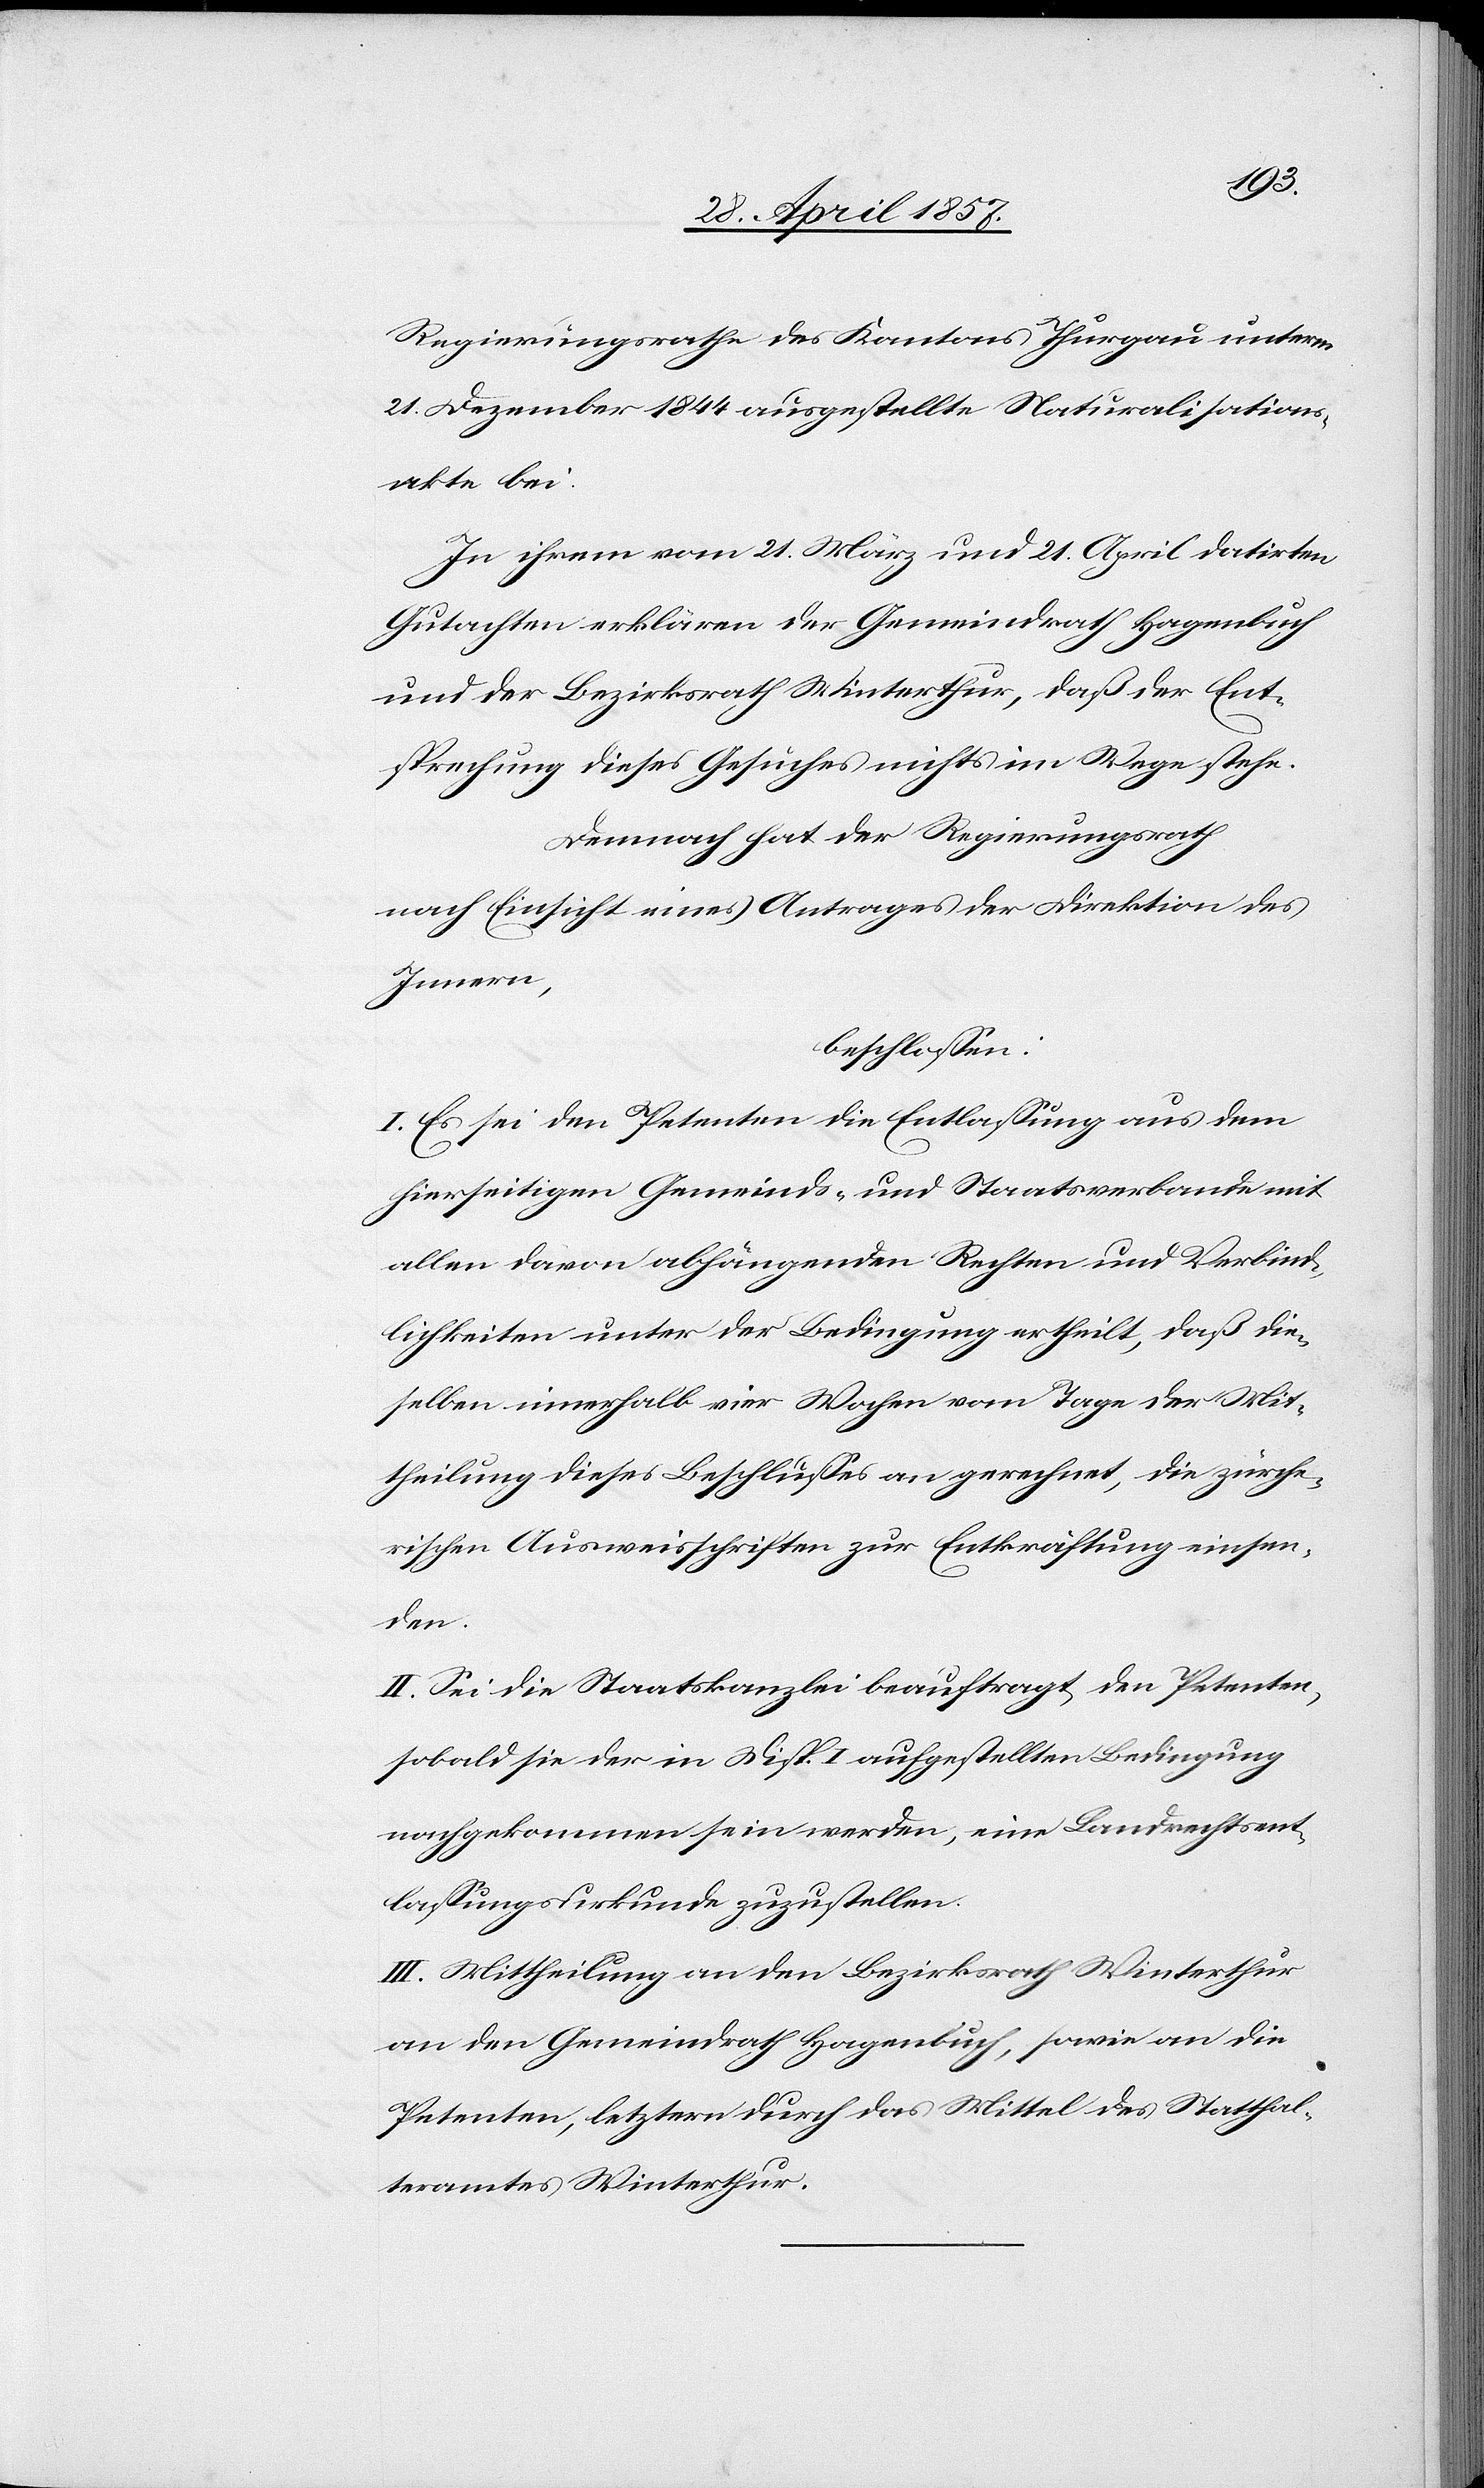
Regierungsrathe des Kantons Thurgau unterm
21 Dezember 1844 ausgestellte Naturalisations¬
akte bei.
In ihrem vom 21 März und 21 April datirten
Gutachten erklären der Gemeindrath Hagenbuch
und der Bezirksrath Winterthur, daß der Ent¬
sprechung dieses Gesuches nichts im Wege stehe.
Demnach hat der Regierungsrath,
nach Einsicht eines Antrages der Direktion des
Innern,
beschloßen:
I. Es sei den Petenten die Entlaßung aus dem
hierseitigen Gemeinds- und Staatsverbande mit
allen davon abhängenden Rechten und Verbind¬
lichkeiten unter der Bedingung ertheilt, daß die¬
selben innerhalb vier Wochen vom Tage der Mit¬
theilung dieses Beschlußes an gerechnet, die zürche¬
rischen Ausweisschriften zur Entkräftung einsen¬
den.
II. Sei die Staatskanzlei beauftragt den Petenten,
sobald sie der in Disp. I aufgestellten Bedingung
nachgekommen sein werden, eine Landrechtsent¬
laßungsurkunde zuzustellen.
III. Mittheilung an den Bezirksrath Winterthur
an den Gemeindrath Hagenbuch, sowie an die
Petenten, letztern durch das Mittel des Statthal¬
teramtes Winterthur.